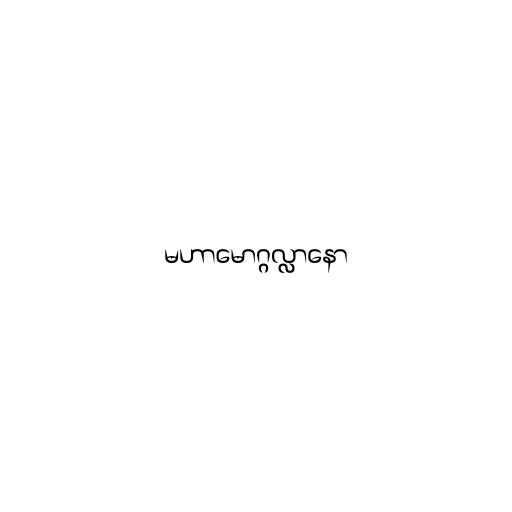
မဟာမောဂ္ဂလ္လာနော